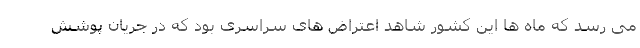
می رسد که ماه ها این کشور شاهد اعتراض های سراسری بود که در جریان پوشش